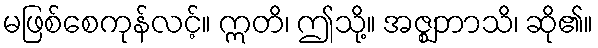
မဖြစ်စေကုန်လင့်။ ဣတိ၊ ဤသို့။ အဇ္ဈဘာသိ၊ ဆို၏။